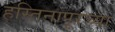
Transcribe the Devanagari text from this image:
हस्तिनापूरच्या